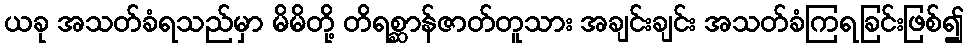
ယခု အသတ်ခံရသည်မှာ မိမိတို့ တိရစ္ဆာန်ဇာတ်တူသား အချင်းချင်း အသတ်ခံကြရခြင်းဖြစ်၍